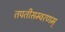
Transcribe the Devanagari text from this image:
तपतीसम्वरणम्